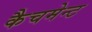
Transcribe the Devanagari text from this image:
कैचमेन्ट